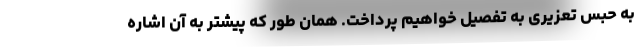
به حبس تعزیری به تفصیل خواهیم پرداخت. همان طور که پیشتر به آن اشاره